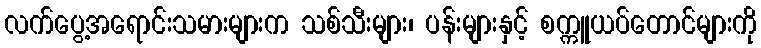
လက်ပွေ့အရောင်းသမားများက သစ်သီးများ၊ ပန်းများနှင့် စက္ကူယပ်တောင်များကို